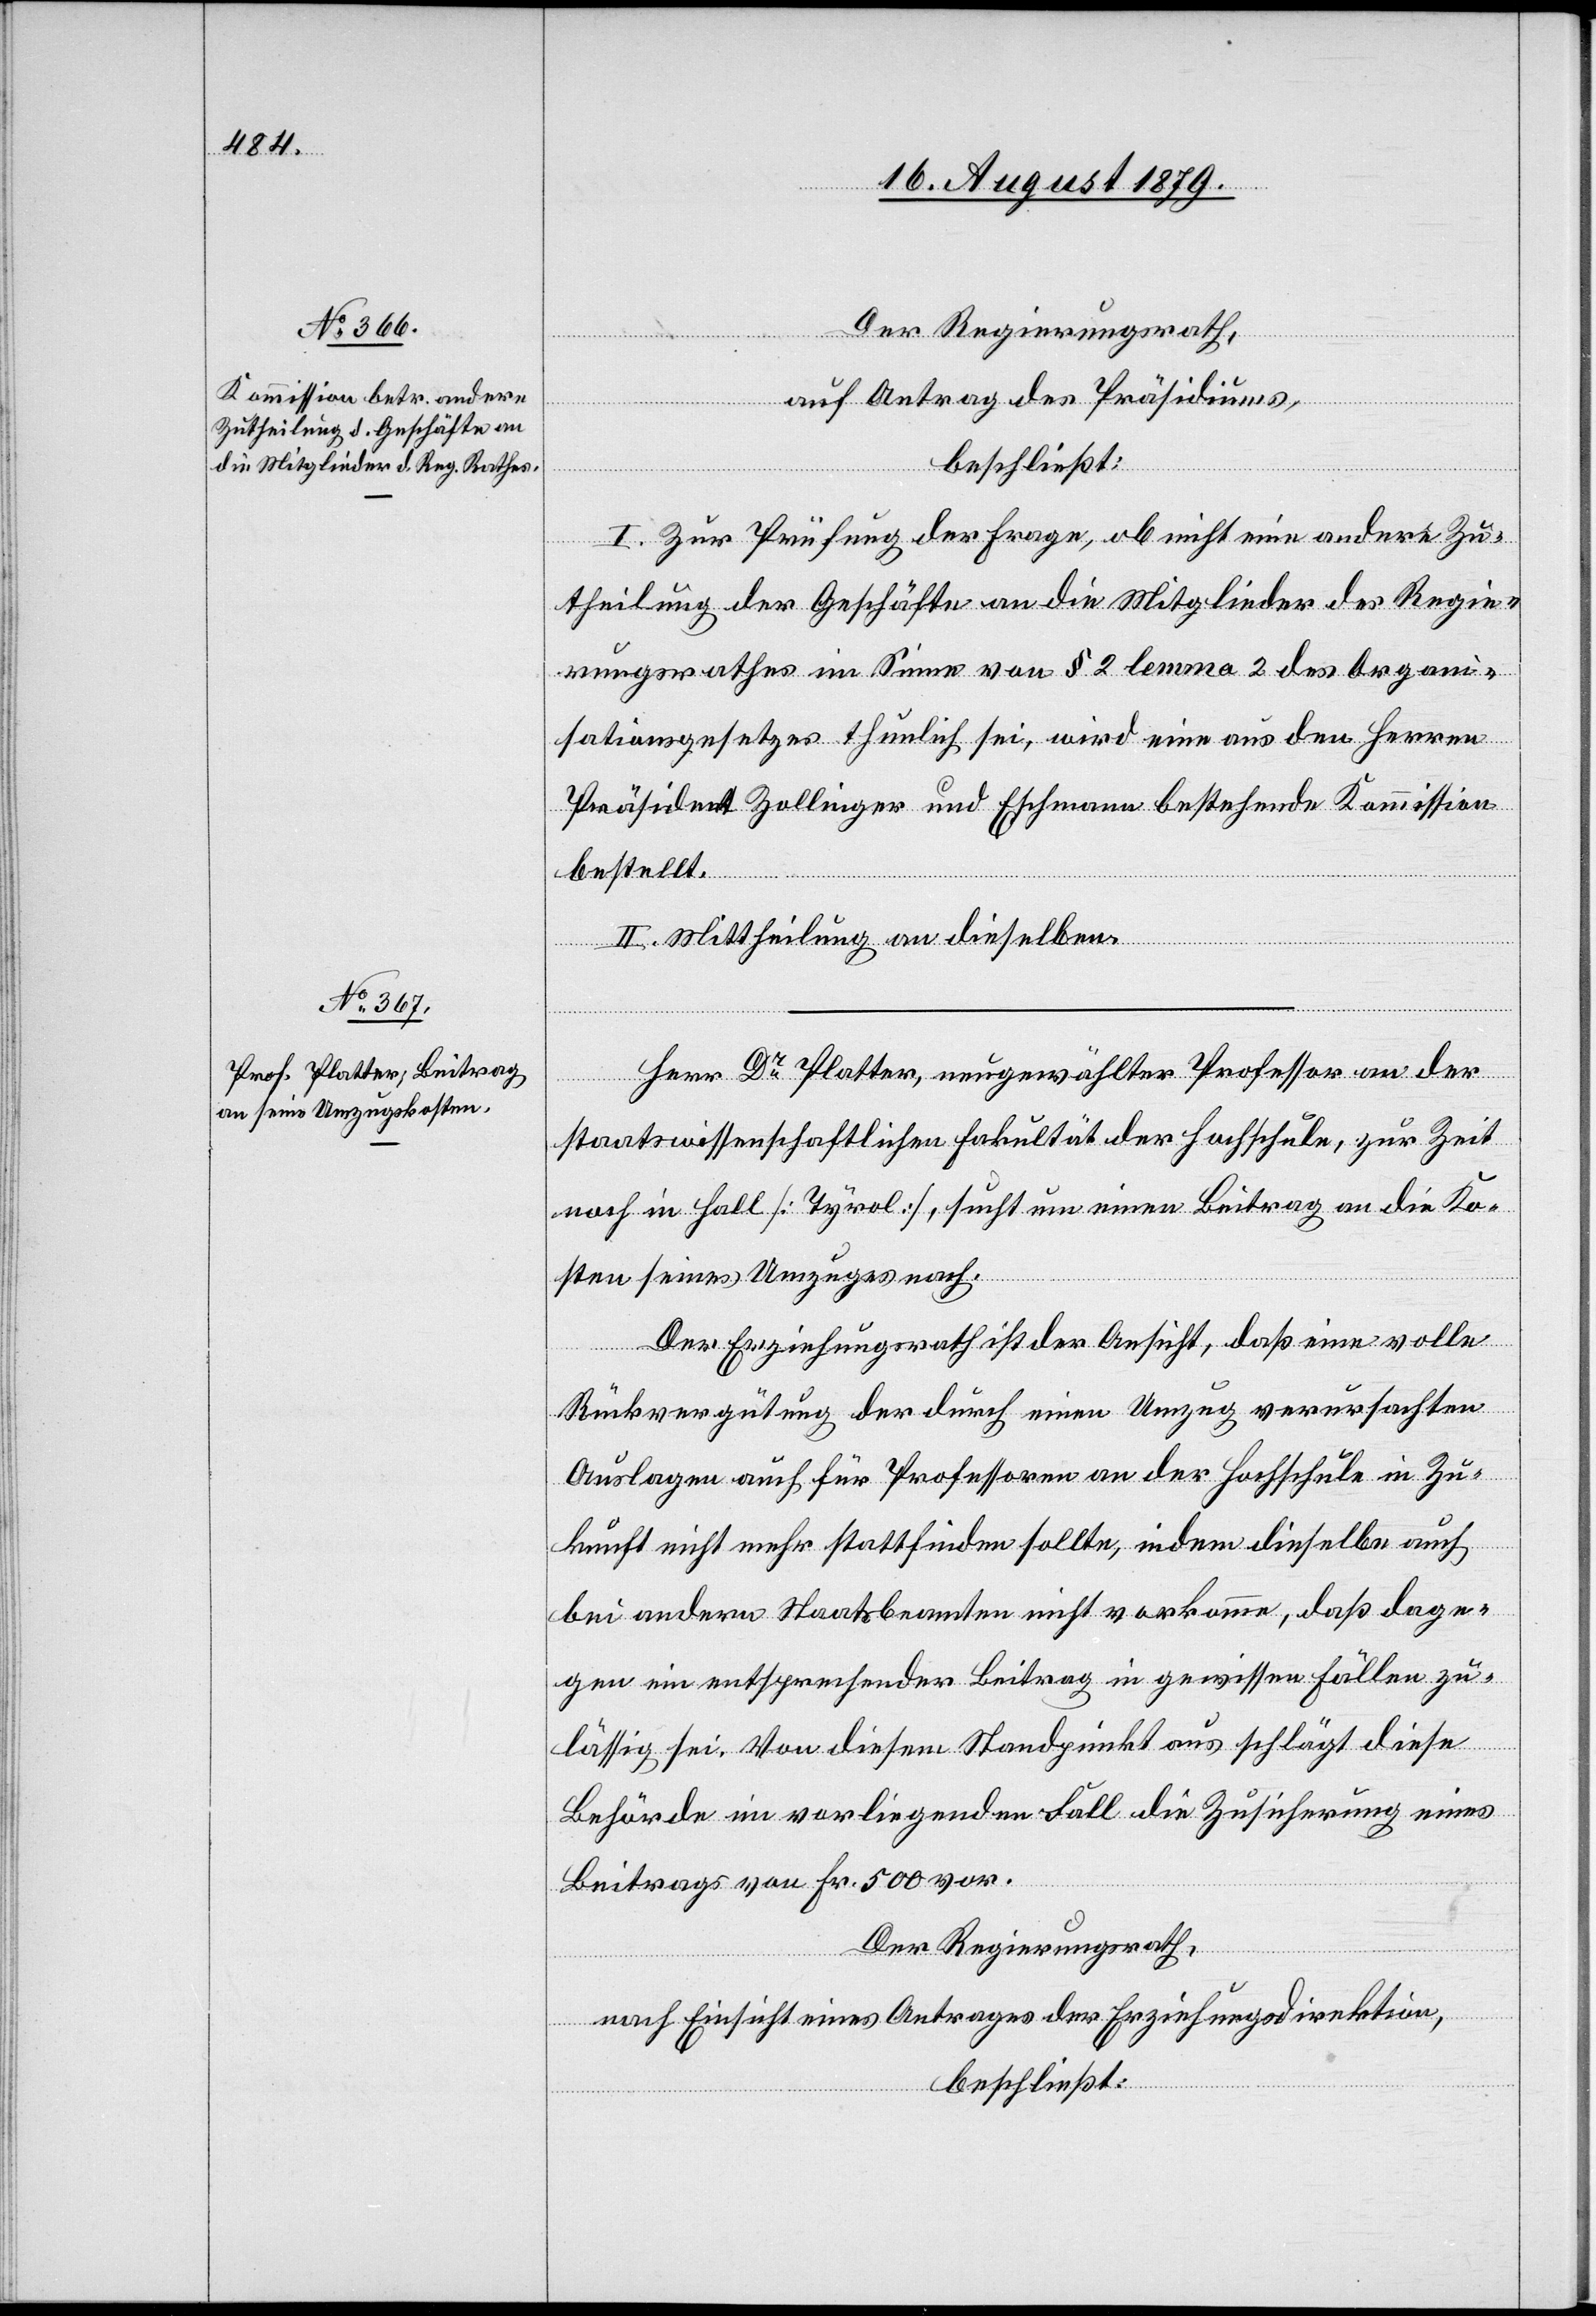
Der Regierungsrath,
auf Antrag des Präsidiums,
beschließt:
I. Zur Prüfung der Frage, ob nicht eine andere Zu¬
theilung der Geschäfte an die Mitglieder des Regie¬
rungsrathes im Sinne von § 2 lemma 2 des Organi¬
sationsgesetzes thunlich sei, wird eine aus den Herren
Präsident Zollinger und Eschmann bestehende Kommission
bestellt.
II. Mittheilung an dieselben.
Herr Dr Platter, neugewählter Professor an der
staatswissenschaftlichen Fakultät der Hochschule, zur Zeit
noch in Hall [Tyrol], sucht um einen Beitrag an die Ko¬
sten seines Umzuges nach.
Der Erziehungsrath ist der Ansicht, daß eine volle
Rückvergütung der durch einen Umzug verursachten
Auslagen auch für Professoren an der Hochschule in Zu¬
kunft nicht mehr stattfinden sollte, indem dieselbe auch
bei andern Staatsbeamten nicht vorkomme, daß dage¬
gen ein entsprechender Beitrag in gewissen Fällen zu¬
lässig sei. Von diesem Standpunkt aus schlägt diese
Behörde im vorliegenden Fall die Zusicherung eines
Beitrags von Fr. 500 vor.
Der Regierungsrath,
nach Einsicht eines Antrages der Erziehungsdirektion,
beschließt: